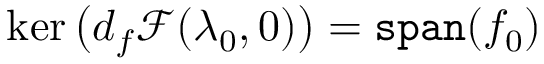
\ker \big ( d _ { f } \mathscr { F } ( \lambda _ { 0 } , 0 ) \big ) = \mathtt { s p a n } ( f _ { 0 } )